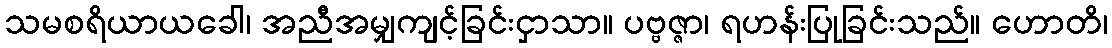
သမစရိယာယခေါ၊ အညီအမျှကျင့်ခြင်းငှာသာ။ ပဗ္ဗဇ္ဇာ၊ ရဟန်းပြုခြင်းသည်။ ဟောတိ၊